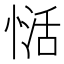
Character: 𰑺